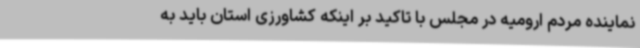
نماینده مردم ارومیه در مجلس با تاکید بر اینکه کشاورزی استان باید به